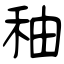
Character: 秞